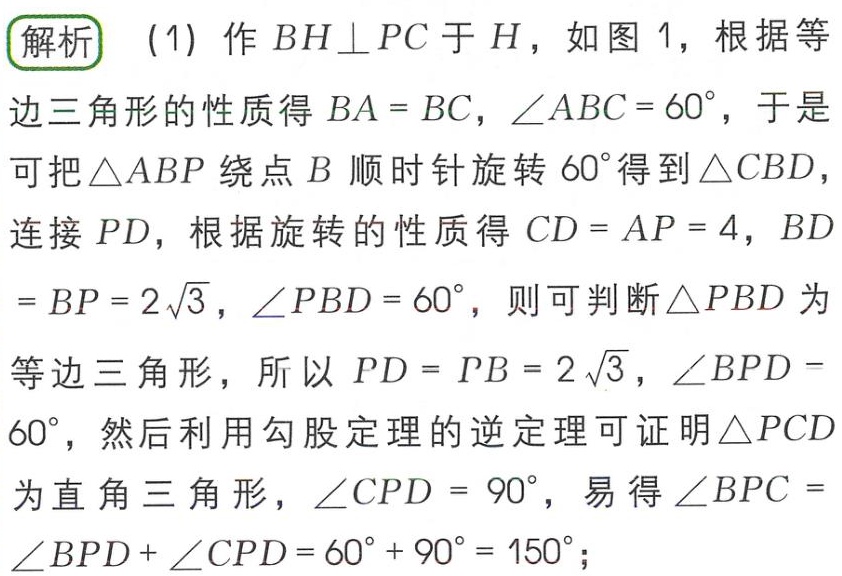
解析 (1) 作 \(BH\perp PC\) 于 \(H\)，如图 1，根据等边三角形的性质得 \(BA = BC\)，\(\angle ABC = 60^{\circ}\)，于是可把 \(\triangle ABP\) 绕点 \(B\) 顺时针旋转 \(60^{\circ}\) 得到 \(\triangle CBD\)，连接 \(PD\)，根据旋转的性质得 \(CD = AP = 4\)，\(BD = BP = 2\sqrt{3}\)，\(\angle PBD = 60^{\circ}\)，则可判断 \(\triangle PBD\) 为等边三角形，所以 \(PD = PB = 2\sqrt{3}\)，\(\angle BPD = 60^{\circ}\)，然后利用勾股定理的逆定理可证明 \(\triangle PCD\) 为直角三角形，\(\angle CPD = 90^{\circ}\)，易得 \(\angle BPC = \angle BPD+\angle CPD = 60^{\circ}+ 90^{\circ}= 150^{\circ}\)；